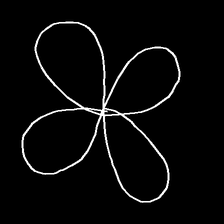
Glyph: billowing